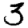
Digit: 3